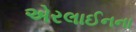
એરલાઈનના